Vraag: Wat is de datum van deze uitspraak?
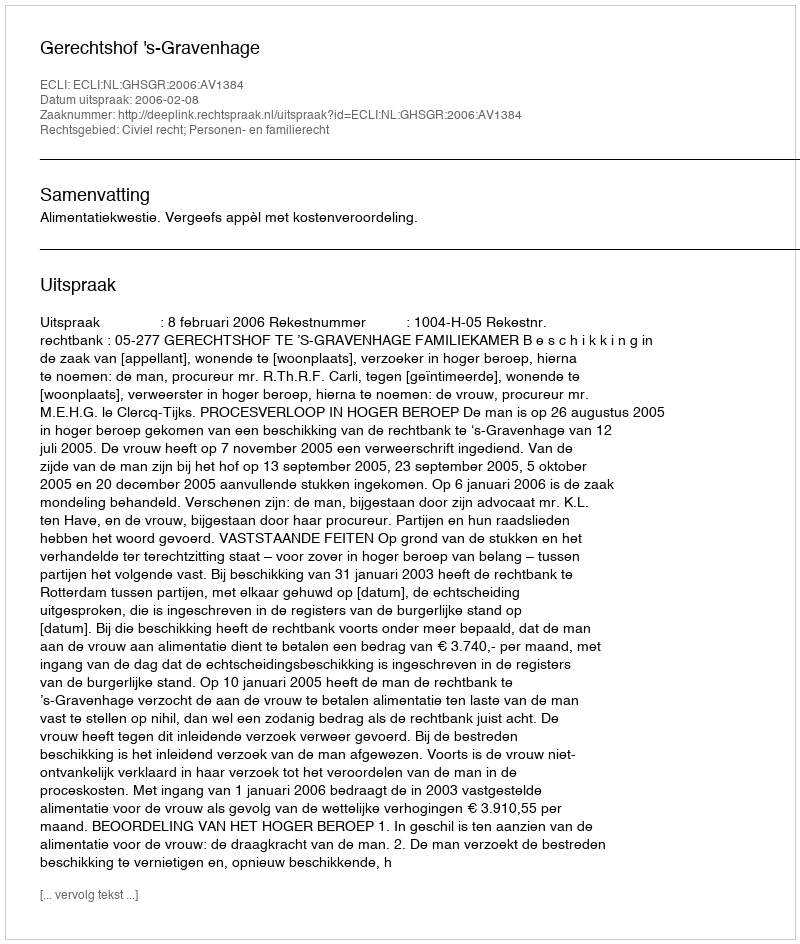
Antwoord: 2006-02-08